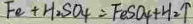
F e + H _ { 2 } S O _ { 4 } = F e S O _ { 4 } + H _ { 2 } \uparrow